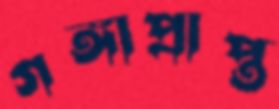
গঙ্গাপ্রাপ্ত